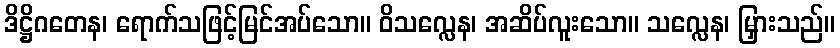
ဒိဋ္ဌိဂတေန၊ ရောက်သဖြင့်မြင်အပ်သော။ ဝိသလ္လေန၊ အဆိပ်လူးသော။ သလ္လေန၊ မြှားသည်။